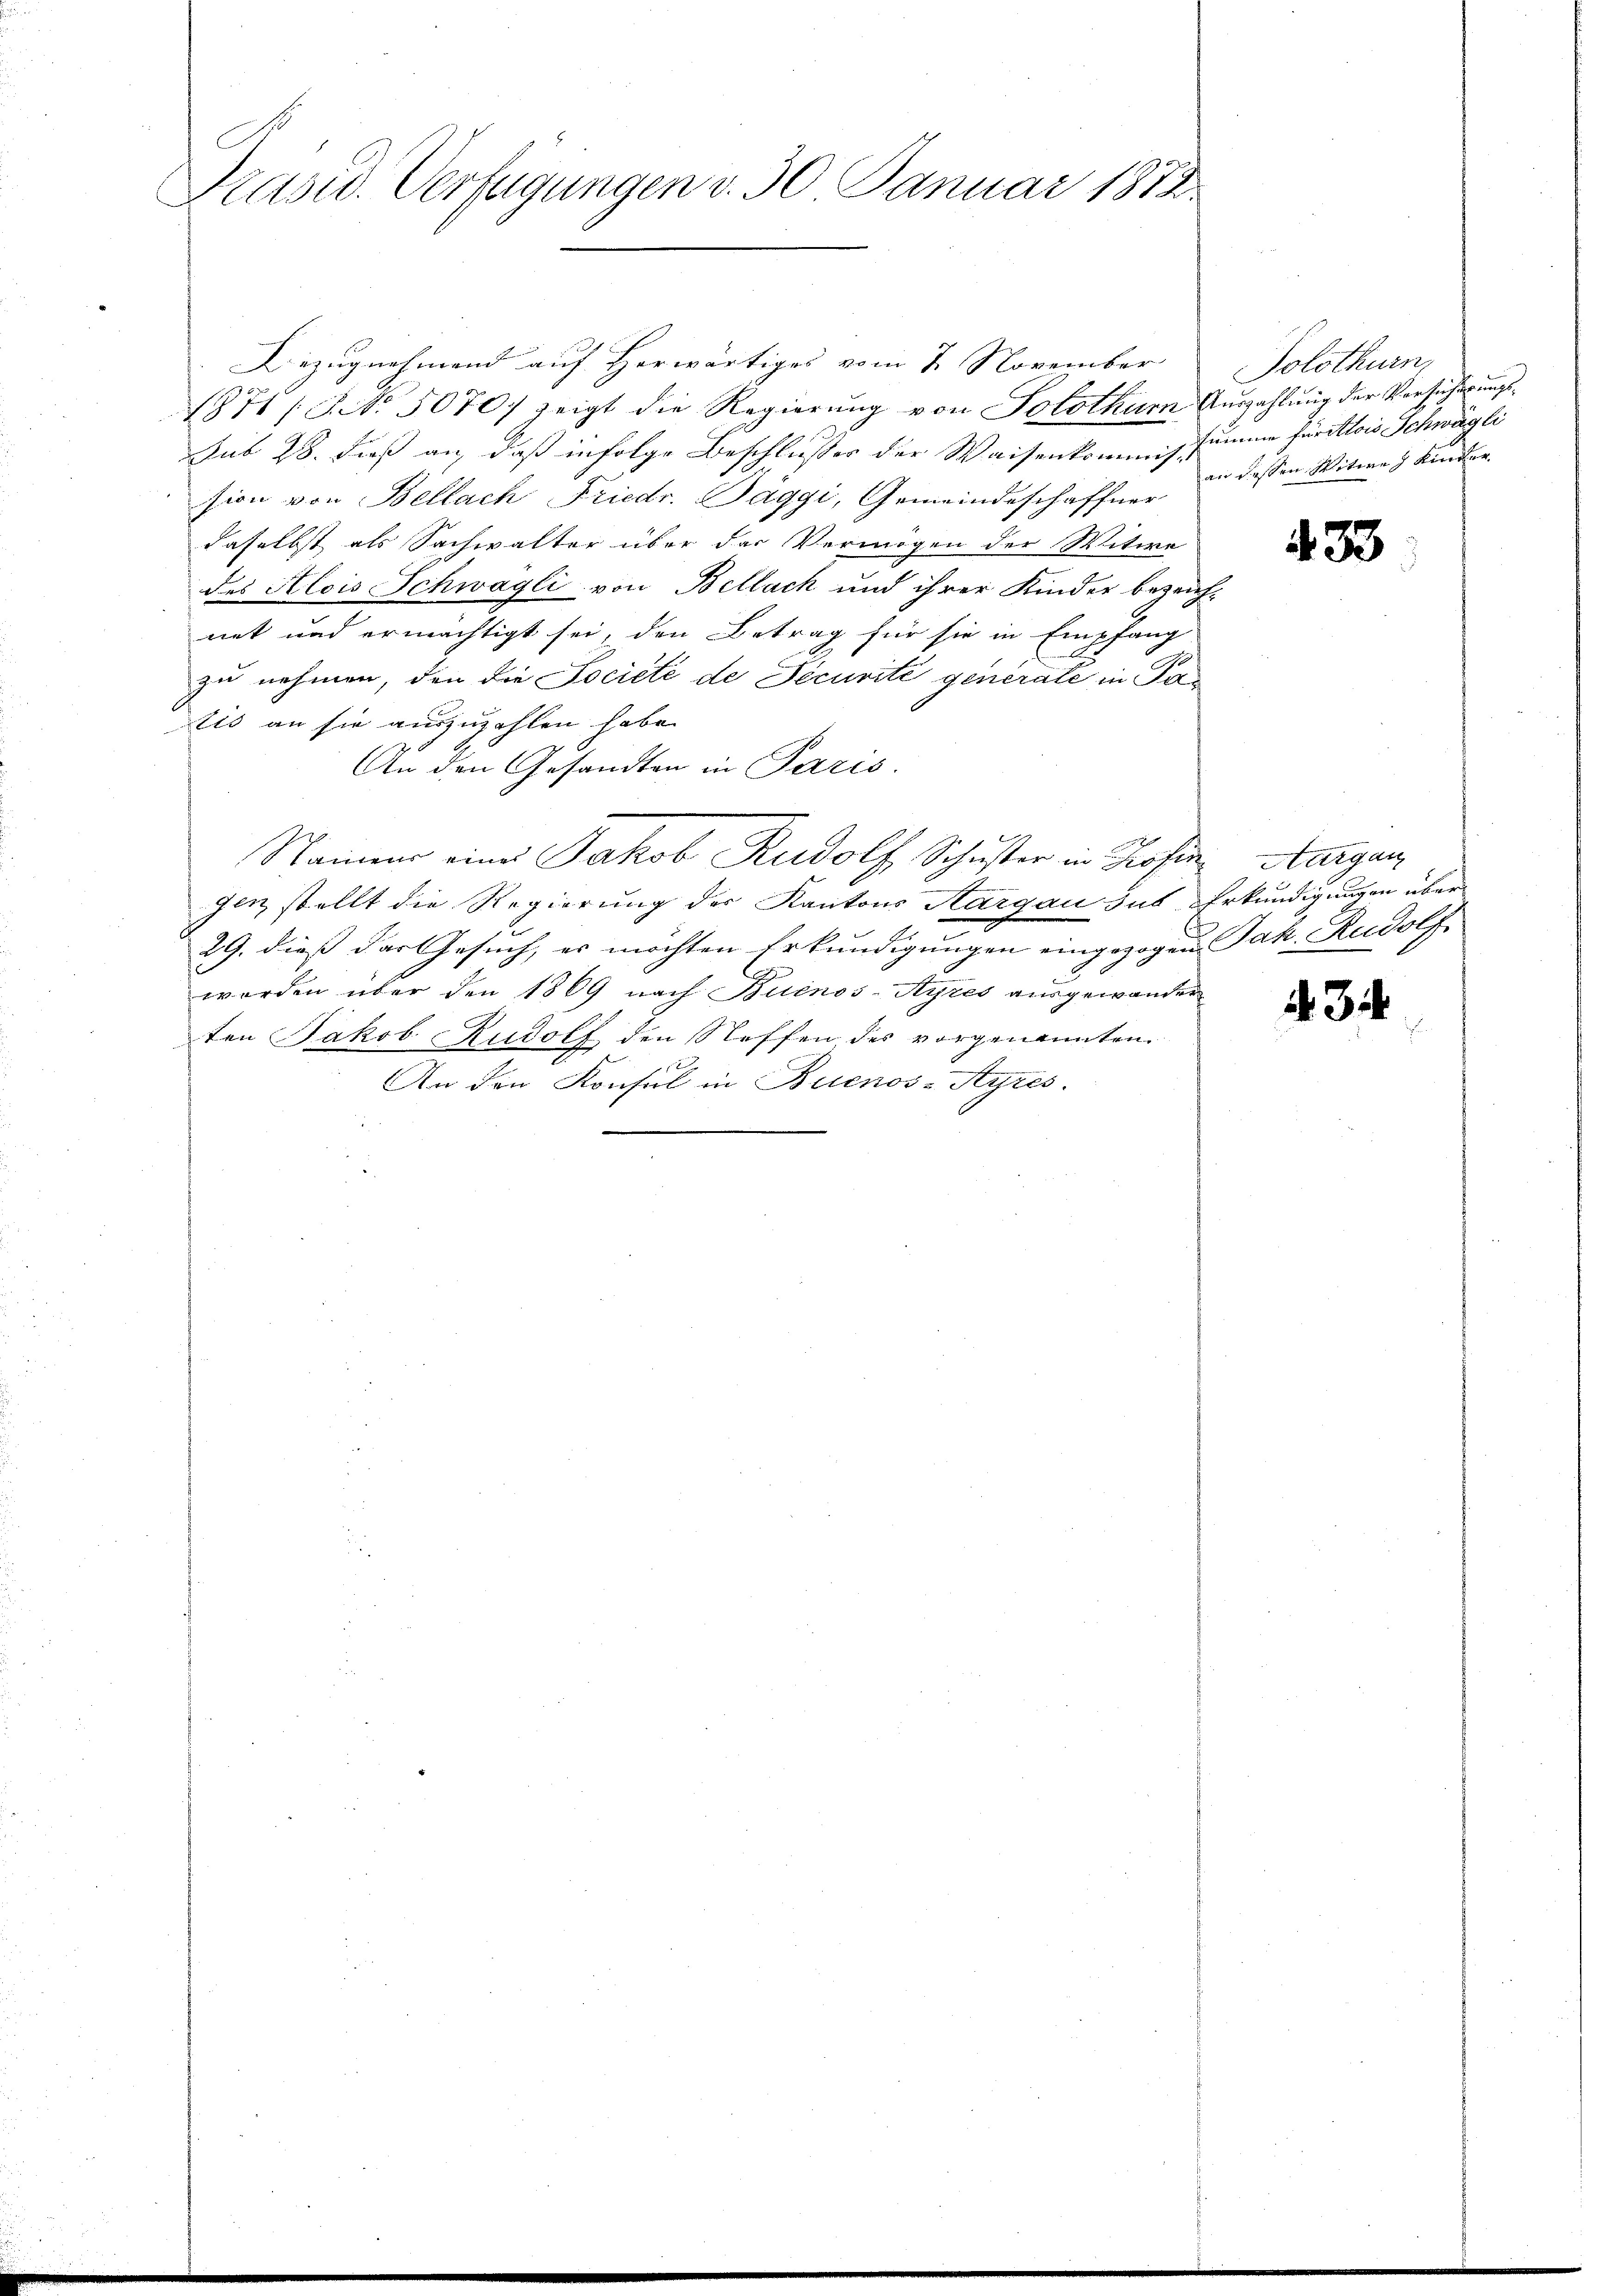
C
Präsid. Verfügungen v. 30. Januar 1872.

Bezugnehmend auf Herwärtiges vom 7. November
1371/3. No 5070) zeigt die Regierung von Solothur Auszahlung der Vorsicherungs¬
Sub 28. dieß an, daß infolge Beschlusser der Waisenkommissumme furitlois Schwägli
sion von Bellach Friedr. Baggi, Gemeindeschaffner
daselbst als Sachwalter über der Vermögen der Witwe
des Alois Schwägli von Bellach und ihrer Kinder bezeichnet und ermächtigt sei, den Betrag für sie in Empfang
zu nehmen, den die Société de Pecurité generate in Patis an sie auszuzahlen habe.
An den Gesandten in Paris.
Namen eines Jakob Rudolf Schuster in Rosen Aargau
genz stellt die Regierung der Kantons Aargau sus Erkundigungen über¬
29. dieß das Gesuch, es möchten Erkundigungen eingezogen Jak. Rudolf,
worden über den 1869 nach Buenos-Ayres ausgewander
ten Jakob Rudolf den Steffen des vorgenannten
An den Konsul in Buenos-Ayres.

Solothurn
an dessen Witwe h Kinder

433

434